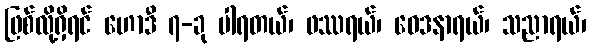
ဖြစ်လို့ရှိရင် ဟောဒီ ၇-ခု ပါရတယ်၊ ဖဿရယ်၊ ဝေဒနာရယ်၊ သညာရယ်၊